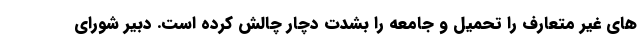
های غیر متعارف را تحمیل و جامعه را بشدت دچار چالش کرده است. دبیر شورای